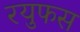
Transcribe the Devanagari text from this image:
रयुफस